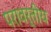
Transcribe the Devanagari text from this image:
परावर्तीय